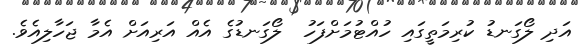
އަދި ލޯގަނޑު ކުރިމަތީގައި ހުއްޓުމަށްފަހު  ލޯގަނޑުގެ އެއް އަރިއަށް އެމާ ޖަހާލިއެވެ.